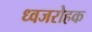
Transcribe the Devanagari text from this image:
ध्वजरोहक